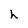
Character: h